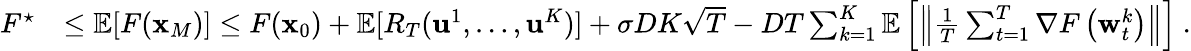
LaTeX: \begin{array}{rl}{F^{\star}}&{\leq\mathop{\mathbb{E}}[F({\mathbf x}_{M})]\le F({\mathbf x}_{0})+\mathop{\mathbb{E}}[R_{T}(\mathbf{u}^{1},\dots,\mathbf{u}^{K})]+\sigma DK\sqrt{T}-DT\sum_{k=1}^{K}\mathop{\mathbb{E}}\left[\left\| \frac{1}{T}\sum_{t=1}^{T}\nabla F\left({\mathbf w}_{t}^{k}\right)\right\| \right]~.}\end{array}